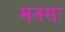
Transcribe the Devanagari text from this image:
मनसः